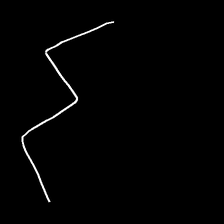
Glyph: crush